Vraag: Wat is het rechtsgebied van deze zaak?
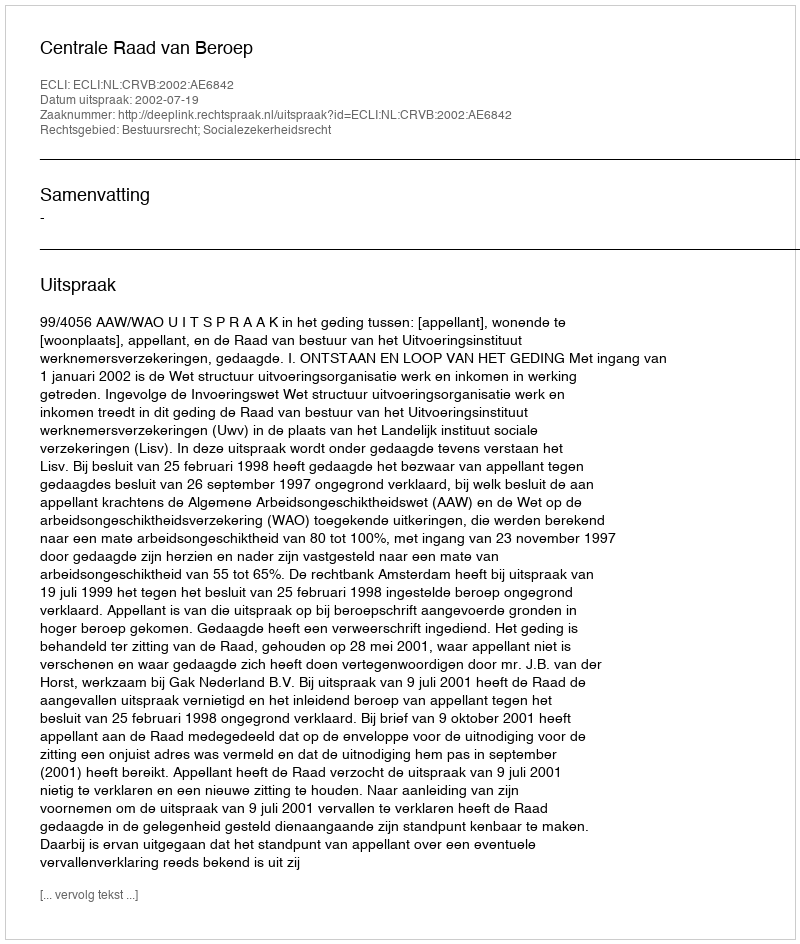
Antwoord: Bestuursrecht; Socialezekerheidsrecht